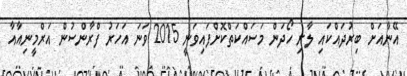
އޭނާއަށް ބިރުދައްކައި ލާރި ހޯދަން މަސައްކަތްކޮށްފައިވަނީ 2015 ވަނަ އަހަރު ފްރާންސުން އަރްމީނިއާއާ